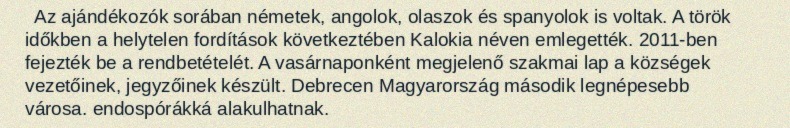
Az ajándékozók sorában németek, angolok, olaszok és spanyolok is voltak. A török időkben a helytelen fordítások következtében Kalokia néven emlegették. 2011-ben fejezték be a rendbetételét. A vasárnaponként megjelenő szakmai lap a községek vezetőinek, jegyzőinek készült. Debrecen Magyarország második legnépesebb városa. endospórákká alakulhatnak.